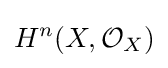
H^{n}(X,{\mathcal {O}}_{X})